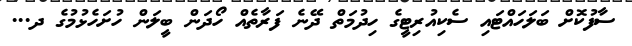
ސާފުކޮށް ބަލަހައްޓައި ސެކިއުރިޓީގެ ހިދުމަތް ދޭނެ ފަރާތެއް ހޯދަން ބީލަން ހުށަހެޅުމުގެ ދ...